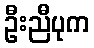
ဦးညီပုက